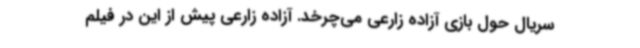
سریال حول بازی آزاده زارعی می‌چرخد. آزاده زارعی پیش از این در فیلم